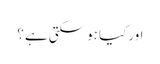
اور کیا ہو سکتی ہے ؟